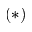
( \ast )